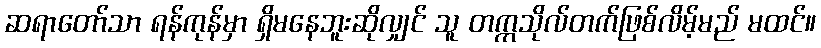
ဆရာတော်သာ ရန်ကုန်မှာ ရှိမနေဘူးဆိုလျှင် သူ တက္ကသိုလ်တက်ဖြစ်လိမ့်မည် မထင်။